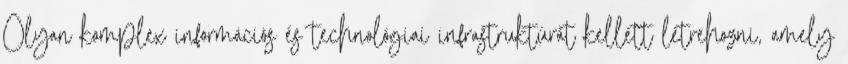
Olyan komplex információs és technológiai infrastruktúrát kellett létrehozni, amely